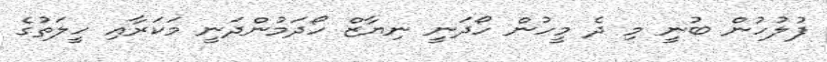
ފުލުހުން ބުނީ މި ދެ މީހުން ހޯދަނީ ނިޔާޒް ހޯދަމުންދަނީ މަކަރާއި ހީލަތުގެ